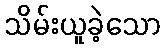
သိမ်းယူခဲ့သော